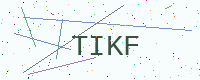
Text: TIKF